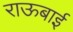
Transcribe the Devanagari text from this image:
राऊबाई